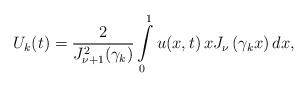
LaTeX: \begin{align*}U_k(t)=\frac{2}{J_{\nu+1}^2(\gamma_k)}\int\limits_0^1 u(x,t)\, xJ_\nu\left(\gamma_k x\right)dx,\end{align*}